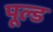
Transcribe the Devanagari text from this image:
पूल्ड